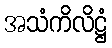
အသံကိလိဋ္ဌံ